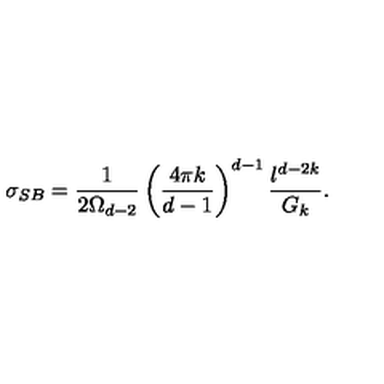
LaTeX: \sigma _ { S B } = \frac { 1 } { 2 \Omega _ { d - 2 } } \left( \frac { 4 \pi k } { d - 1 } \right) ^ { d - 1 } \frac { l ^ { d - 2 k } } { G _ { k } } .